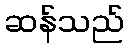
ဆန်သည်